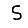
Digit: 5